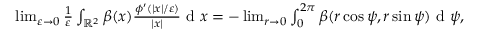
\begin{array} { r } { \operatorname* { l i m } _ { \varepsilon \to 0 } \frac { 1 } { \varepsilon } \int _ { \mathbb { R } ^ { 2 } } \beta ( x ) \frac { \phi ^ { \prime } ( | x | / \varepsilon ) } { | x | } \textrm { d } x = - \operatorname* { l i m } _ { r \to 0 } \int _ { 0 } ^ { 2 \pi } \beta ( r \cos \psi , r \sin \psi ) \textrm { d } \psi , } \end{array}